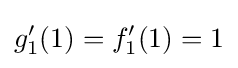
g'_{1}(1)=f'_{1}(1)=1